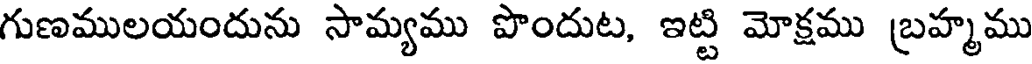
గుణములయందును సామ్యము పొందుట, ఇట్టి మోక్షము బ్రహ్మము